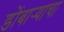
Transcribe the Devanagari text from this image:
डोंबार्‍याचा